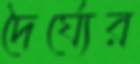
দৈর্ঘ্যের